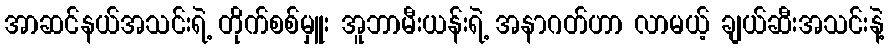
အာဆင်နယ်အသင်းရဲ့ တိုက်စစ်မှူး အူဘာမီးယန်းရဲ့ အနာဂတ်ဟာ လာမယ့် ချယ်ဆီးအသင်းနဲ့